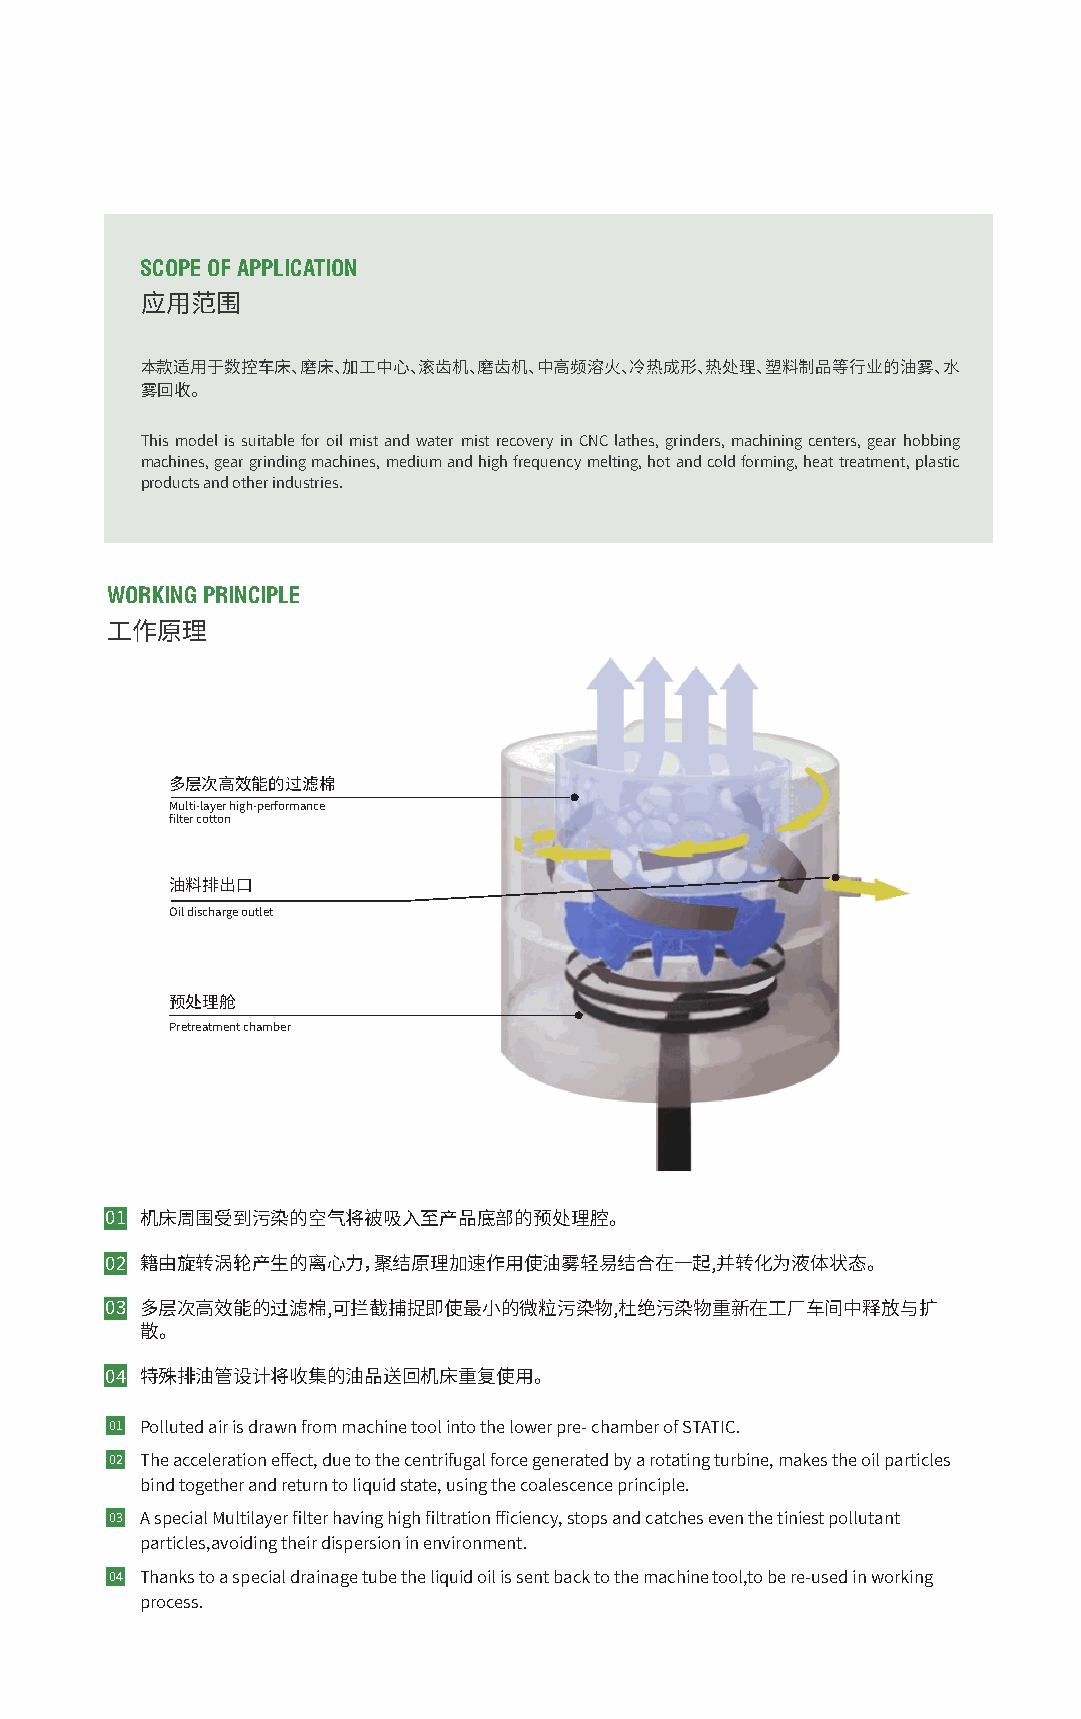
SCOPE OF APPLICATION
 应用范围
 本款适用于数控车床、磨床、加工中心、滚齿机、磨齿机、中高频溶火、冷热成形、热处理、塑料制品等行业的油雾、水
 雾回收。
 This model is suitable for oil mist and water mist recovery in CNC lathes, grinders, machining centers, gear hobbing
 machines, gear grinding machines, medium and high frequency melting, hot and cold forming, heat treatment, plastic
 products and other industries.
 WORKING PRINCIPLE
 工作原理
 多层次高效能的过滤棉
 Multi-layer high-performance
 filter cotton
 油料排出口
 Oil discharge outlet
 预处理舱
 Pretreatment chamber
 �� 机床周围受到污染的空气将被吸入至产品底部的预处理腔。
 �� 籍由旋转涡轮产生的离心力，聚结原理加速作用使油雾轻易结合在一起,并转化为液体状态。
 �� 多层次高效能的过滤棉,可拦截捕捉即使最小的微粒污染物,杜绝污染物重新在工厂车间中释放与扩
 散。
 �� 特殊排油管设计将收集的油品送回机床重复使用。
 �� Polluted air is drawn from machine tool into the lower pre- chamber of STATIC.
 �� The acceleration effect, due to the centrifugal force generated by a rotating turbine, makes the oil particles
 bind together and return to liquid state, using the coalescence principle.
 �� A special Multilayer filter having high filtration fficiency, stops and catches even the tiniest pollutant
 particles,avoiding their dispersion in environment.
 �� Thanks to a special drainage tube the liquid oil is sent back to the machine tool,to be re-used in working
 process.